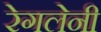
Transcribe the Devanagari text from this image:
रेगलेनी